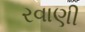
રવાણી